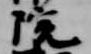
院